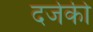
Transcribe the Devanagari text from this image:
दर्जकी